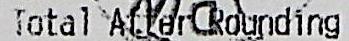
TOTAL ATTER ROUNDING